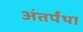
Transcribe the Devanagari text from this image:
अंतर्पंथा